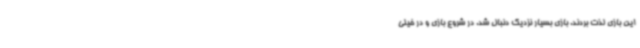
این بازی لذت بردند. بازی بسیار نزدیک دنبال شد. در شروع بازی و در خیلی